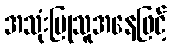
အသုံးပြုသူအနေဖြင့်